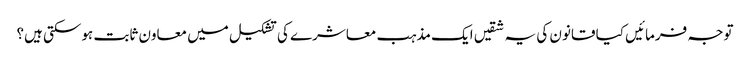
توجہ فرمائیں کیا قانون کی یہ شقیں ایک مذہب معاشرے کی تشکیل میں معاون ثابت ہوسکتی ہیں؟